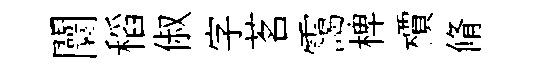
闤稻俶字茗靄椑檟脩